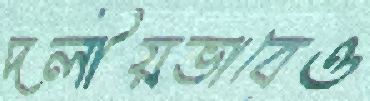
দলীয়ভাবেও